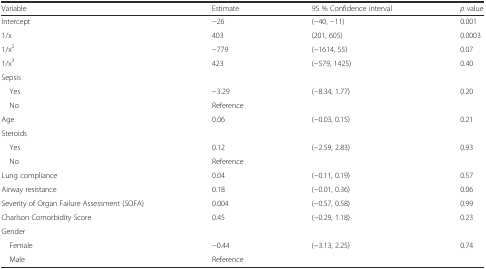
<table><thead><tr><td><b>Variable</b></td><td><b>Estimate</b></td><td><b>95 % Confidence interval</b></td><td><b><i>p</i> value</b></td></tr></thead><tbody><tr><td>Intercept</td><td>−26</td><td>(−40, −11)</td><td>0.001</td></tr><tr><td>1/x</td><td>403</td><td>(201, 605)</td><td>0.0003</td></tr><tr><td>1/x<sup>2</sup></td><td>−779</td><td>(−1614, 55)</td><td>0.07</td></tr><tr><td>1/x<sup>3</sup></td><td>423</td><td>(−579, 1425)</td><td>0.40</td></tr><tr><td>Sepsis</td><td></td><td></td><td></td></tr><tr><td> Yes</td><td>−3.29</td><td>(−8.34, 1.77)</td><td>0.20</td></tr><tr><td> No</td><td>Reference</td><td></td><td></td></tr><tr><td>Age</td><td>0.06</td><td>(−0.03, 0.15)</td><td>0.21</td></tr><tr><td>Steroids</td><td></td><td></td><td></td></tr><tr><td> Yes</td><td>0.12</td><td rowspan="2">(−2.59, 2.83)</td><td rowspan="2">0.93</td></tr><tr><td> No</td><td>Reference</td></tr><tr><td>Lung compliance</td><td>0.04</td><td>(−0.11, 0.19)</td><td>0.57</td></tr><tr><td>Airway resistance</td><td>0.18</td><td>(−0.01, 0.36)</td><td>0.06</td></tr><tr><td>Severity of Organ Failure Assessment (SOFA)</td><td>0.004</td><td>(−0.57, 0.58)</td><td>0.99</td></tr><tr><td>Charlson Comorbidity Score</td><td>0.45</td><td>(−0.29, 1.18)</td><td>0.23</td></tr><tr><td>Gender</td><td></td><td></td><td></td></tr><tr><td> Female</td><td>−0.44</td><td rowspan="2">(−3.13, 2.25)</td><td rowspan="2">0.74</td></tr><tr><td> Male</td><td>Reference</td></tr></tbody></table>